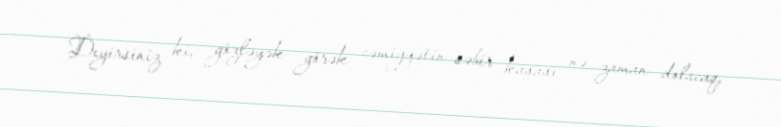
Deyirsiniz ki, gözləyək görək cəmiyyətin səbir kasası nə zaman dolacaq,